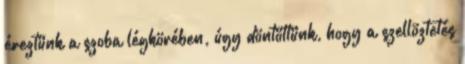
éreztünk a szoba légkörében, úgy döntöttünk, hogy a szellõztetés